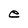
Character: e